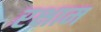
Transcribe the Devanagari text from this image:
रक्षाम